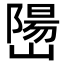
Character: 𫶖